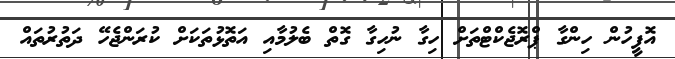
އޮފީހުން ހިންގާ ޕްރޮޖެކްޓްތަށް ހިގާ ނުހިގާ ގޮތް ބެލުމާއި އަތޮޅުތަކަށް ކުރަންޖެހޭ ދަތުރުތައް